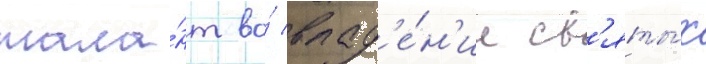
тала́нт во́ влад'е́н'ии св'яты́х